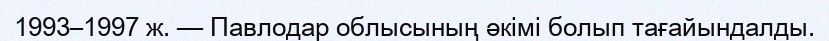
1993–1997 ж. — Павлодар облысының әкімі болып тағайындалды.